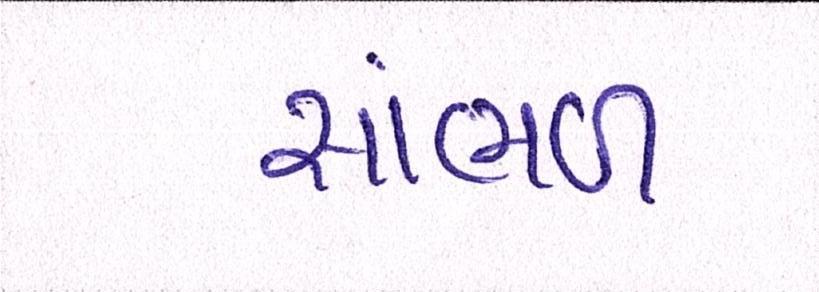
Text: સાંભળ